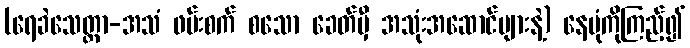
(ရေခဲသေတ္တာ-အသံ ဖမ်းစက် စသော ခေတ်မှီ အသုံးအဆောင်များနဲ့) နေပုံကိုကြည့်၍